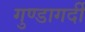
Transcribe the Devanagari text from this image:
गुण्डागर्दी